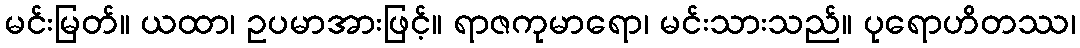
မင်းမြတ်။ ယထာ၊ ဥပမာအားဖြင့်။ ရာဇကုမာရော၊ မင်းသားသည်။ ပုရောဟိတဿ၊